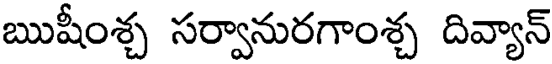
ఋషీంశ్చ సర్వానురగాంశ్చ దివ్యాన్